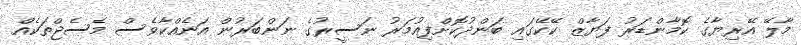
މާލޭ އޭރިޔާގެ ކޮމާންޑަރު ފަޔާޒް ކޭކޭގައި ބަންދުކޮށްފިއުމަރު ނަސީރުގެ ނަންބަރުން އަނެއްކާވެސް މެސެޖްތަކެއް